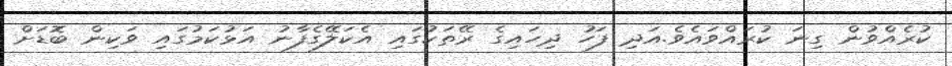
ކުރެއްވުން ގިނަ ކުރައްވައެވެ.އަދި ފަހު ދިހައިގެ ރޭތަކުގައި އެކަލޭގެފާނު އަޅުކަމުގައި ވަކިން ބޮޑަށް